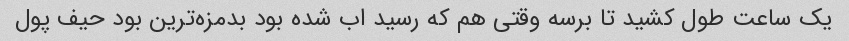
یک ساعت طول کشید تا برسه وقتی هم که رسید اب شده بود بدمزه‌ترین بود حیف پول